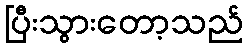
ပြီးသွားတော့သည်